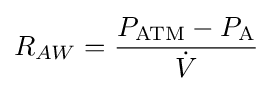
R_{AW}={\frac {P_{\mathrm {ATM} }-P_{\mathrm {A} }}{\dot {V}}}